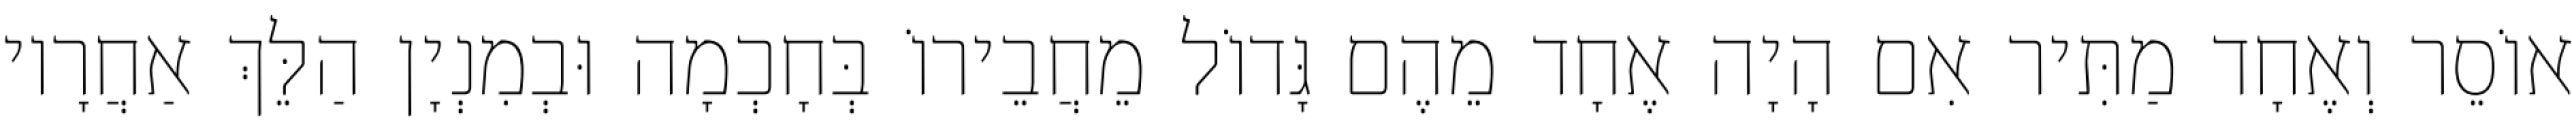
אוֹסֵר וְאֶחָד מַתִּיר אִם הָיָה אֶחָד מֵהֶם גָּדוֹל מֵחֲבֵירוֹ בְּחָכְמָה וּבְמִנְיָן הַלֵּךְ אַחֲרָיו